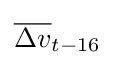
{\overline {\Delta v}}_{t-16}